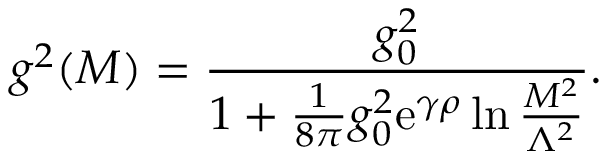
g ^ { 2 } ( M ) = { \frac { g _ { 0 } ^ { 2 } } { 1 + { \frac { 1 } { 8 \pi } } g _ { 0 } ^ { 2 } \mathrm { e } ^ { \gamma \rho } \ln { \frac { M ^ { 2 } } { \Lambda ^ { 2 } } } } } .